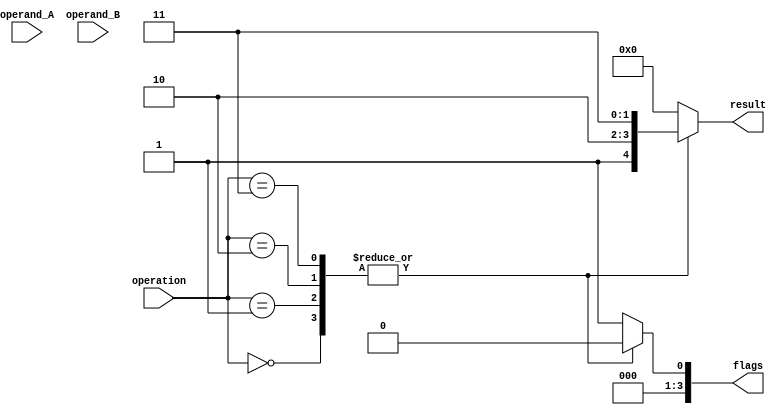
module double_precision_fpu (
  input wire [63:0] operand_A,
  input wire [63:0] operand_B,
  input wire [2:0] operation,
  output reg [63:0] result,
  output reg[3:0] flags
);

reg [63:0] mant_A, mant_B, mant_result;
reg [10:0] expt_A, expt_B, expt_result;
reg sign_A, sign_B, sign_result;
reg [3:0] flags_temp;

always @* begin
  sign_A = operand_A[63];
  sign_B = operand_B[63];
  expt_A = operand_A[62:52];
  expt_B = operand_B[62:52];
  mant_A = operand_A[51:0];
  mant_B = operand_B[51:0];
  
  case(operation)
    3'b000: begin // addition
      // perform addition operation here
      result = mant_result;
      flags_temp = 4'b0000; // clear flags
    end
    
    3'b001: begin // subtraction
      // perform subtraction operation here
      result = mant_result;
      flags_temp = 4'b0000; // clear flags
    end
    
    3'b010: begin // multiplication
      // perform multiplication operation here
      result = mant_result;
      flags_temp = 4'b0000; // clear flags
    end
    
    3'b011: begin // division
      // perform division operation here
      result = mant_result;
      flags_temp = 4'b0000; // clear flags
    end
    
    default: begin
      result = 64'b0;
      flags_temp = 4'b0001; // set flag for invalid operation
    end
  endcase
end

assign flags = flags_temp;

endmodule